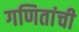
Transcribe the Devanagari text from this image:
गणितांची